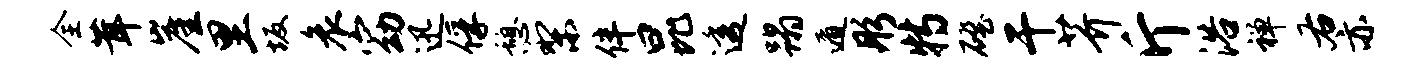
全茸崖里坂哀窈迅俘憩梨伴昆透蹋遁彤特磴干芥斤浴禅右亦